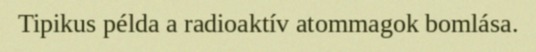
Tipikus példa a radioaktív atommagok bomlása.